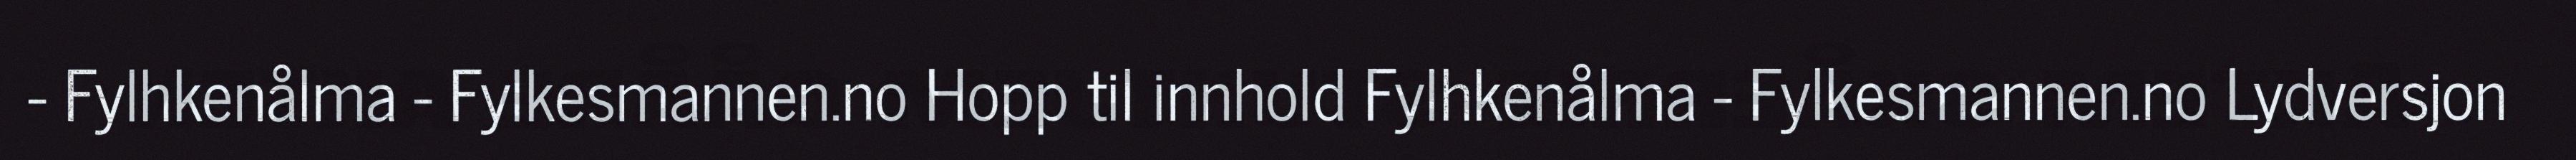
- Fylhkenålma - Fylkesmannen.no Hopp til innhold Fylhkenålma - Fylkesmannen.no Lydversjon